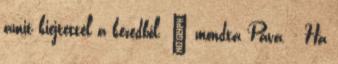
amit kiejtettél a kezedből. – mondta Páva. - Ha